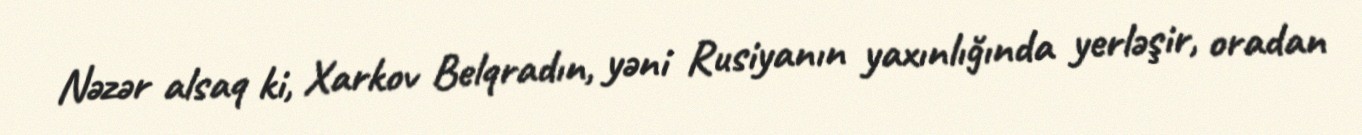
Nəzər alsaq ki, Xarkov Belqradın, yəni Rusiyanın yaxınlığında yerləşir, oradan